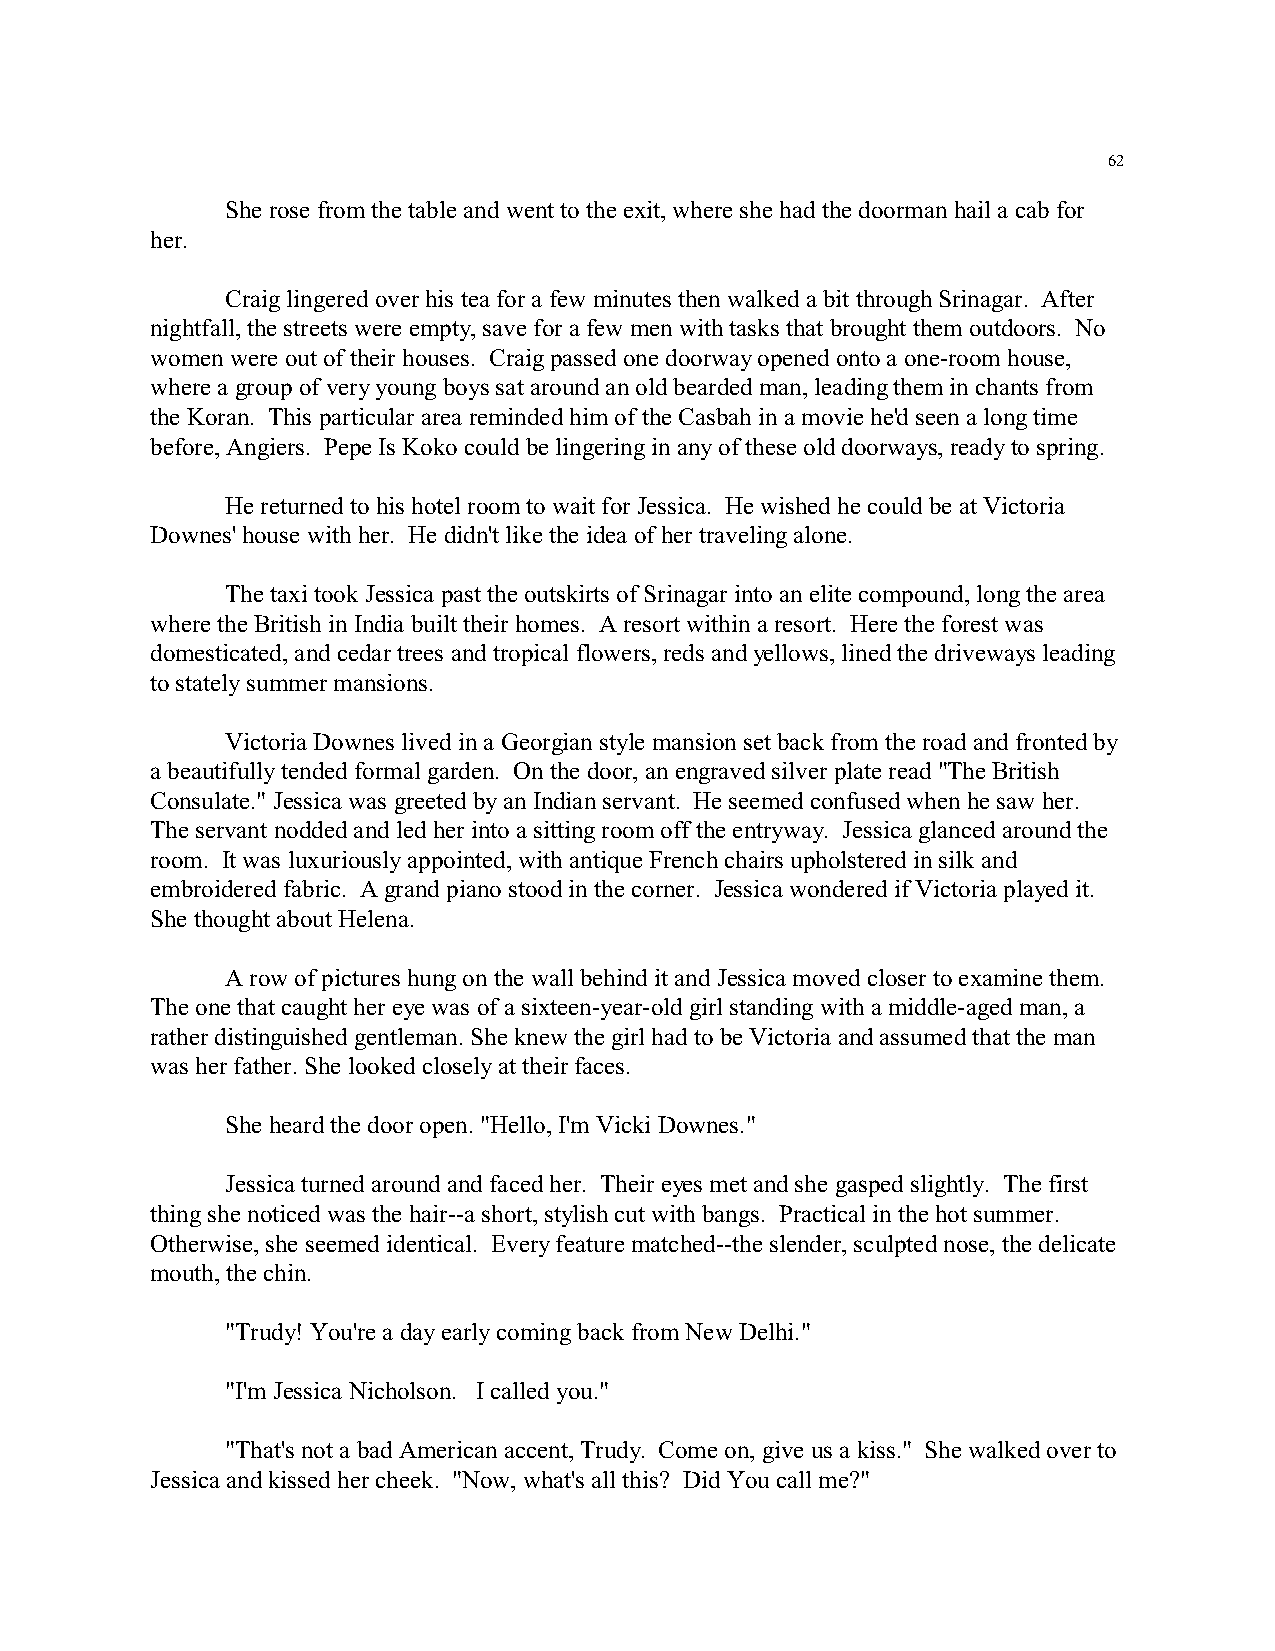
62
 She rose from the table and went to the exit, where she had the doorman hail a cab for
 her.
 Craig lingered over his tea for a few minutes then walked a bit through Srinagar. After
 nightfall, the streets were empty, save for a few men with tasks that brought them outdoors. No
 women were out of their houses. Craig passed one doorway opened onto a one-room house,
 where a group of very young boys sat around an old bearded man, leading them in chants from
 the Koran. This particular area reminded him of the Casbah in a movie he'd seen a long time
 before, Angiers. Pepe Is Koko could be lingering in any of these old doorways, ready to spring.
 He returned to his hotel room to wait for Jessica. He wished he could be at Victoria
 Downes' house with her. He didn't like the idea of her traveling alone.
 The taxi took Jessica past the outskirts of Srinagar into an elite compound, long the area
 where the British in India built their homes. A resort within a resort. Here the forest was
 domesticated, and cedar trees and tropical flowers, reds and yellows, lined the driveways leading
 to stately summer mansions.
 Victoria Downes lived in a Georgian style mansion set back from the road and fronted by
 a beautifully tended formal garden. On the door, an engraved silver plate read "The British
 Consulate." Jessica was greeted by an Indian servant. He seemed confused when he saw her.
 The servant nodded and led her into a sitting room off the entryway. Jessica glanced around the
 room. It was luxuriously appointed, with antique French chairs upholstered in silk and
 embroidered fabric. A grand piano stood in the corner. Jessica wondered if Victoria played it.
 She thought about Helena.
 A row of pictures hung on the wall behind it and Jessica moved closer to examine them.
 The one that caught her eye was of a sixteen-year-old girl standing with a middle-aged man, a
 rather distinguished gentleman. She knew the girl had to be Victoria and assumed that the man
 was her father. She looked closely at their faces.
 She heard the door open. "Hello, I'm Vicki Downes."
 Jessica turned around and faced her. Their eyes met and she gasped slightly. The first
 thing she noticed was the hair--a short, stylish cut with bangs. Practical in the hot summer.
 Otherwise, she seemed identical. Every feature matched--the slender, sculpted nose, the delicate
 mouth, the chin.
 "Trudy! You're a day early coming back from New Delhi."
 "I'm Jessica Nicholson. I called you."
 "That's not a bad American accent, Trudy. Come on, give us a kiss." She walked over to
 Jessica and kissed her cheek. "Now, what's all this? Did You call me?"